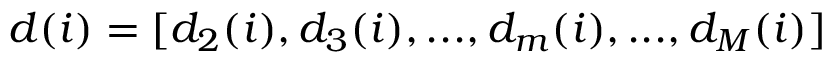
\boldsymbol { d } ( i ) = [ d _ { 2 } ( i ) , d _ { 3 } ( i ) , . . . , d _ { m } ( i ) , . . . , d _ { M } ( i ) ]